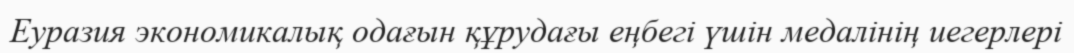
Еуразия экономикалық одағын құрудағы еңбегі үшін медалінің иегерлері